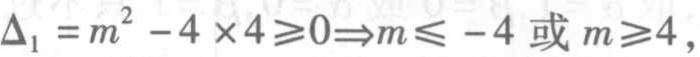
\(\Delta_{1}=m^{2}-4\times4\geqslant0\Rightarrow m\leqslant - 4\text{ 或 }m\geqslant4\)